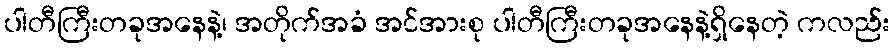
ပါတီကြီးတခုအနေနဲ့၊ အတိုက်အခံ အင်အားစု ပါတီကြီးတခုအနေနဲ့ရှိနေတဲ့ ကလည်း